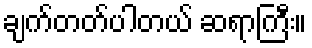
ချက်တတ်ပါတယ် ဆရာကြီး။